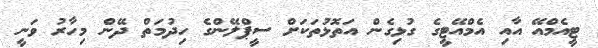
ޓީއެމްއޭ އާއި އެމްއޭޓީގެ ގުޅިގެން އަތޮޅުތަކަށް ސީޕްލޭންގެ ހިދުމަތް ދޭން މިހާރު ވަނީ